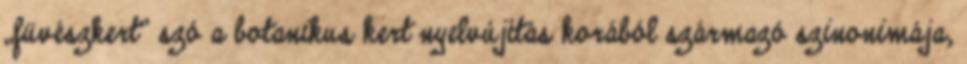
„füvészkert” szó a botanikus kert nyelvújítás korából származó szinonimája,